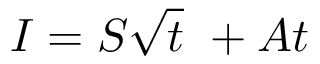
I = S { \sqrt { t } } \ + A t